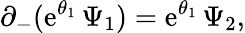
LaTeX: \partial_{-}(\mathrm{e}^{\theta_{1}}\, \Psi_{1})=\mathrm{e}^{\theta_{1}}\, \Psi_{2},